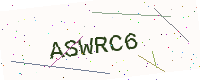
Text: ASWRC6